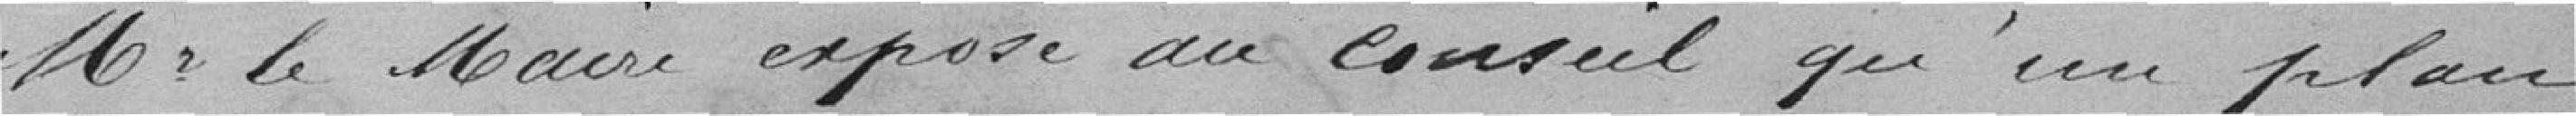
Monsieur le Maire expose au conseil qu'un plan